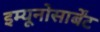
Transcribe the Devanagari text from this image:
इम्यूनोसार्बेंट